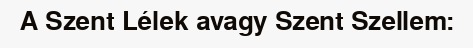
A Szent Lélek avagy Szent Szellem: